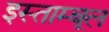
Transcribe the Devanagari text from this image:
इस्ताम्बूल